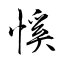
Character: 慀